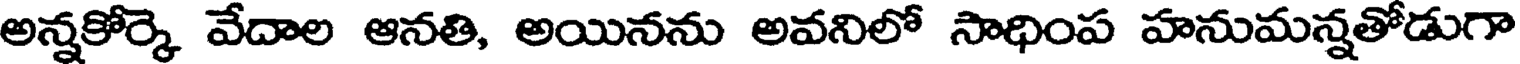
అన్నకోర్కె వేదాల ఆనతి, అయినను అవనిలో సాధింప హనుమన్నతోడుగా